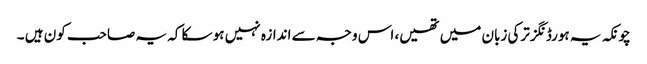
چونکہ یہ ہورڈنگز ترکی زبان میں تھیں، اس وجہ سے اندازہ نہیں ہو سکا کہ یہ صاحب کون ہیں ۔